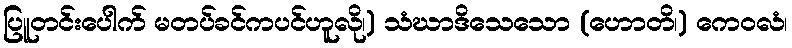
ပြူတင်းပေါက် မတပ်ခင်ကပင်ဟူလို၊) သံဃာဒိသေသော (ဟောတိ၊) ကေဝလံ၊